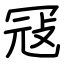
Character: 冦